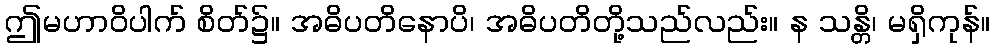
ဤမဟာဝိပါက် စိတ်၌။ အဓိပတိနောပိ၊ အဓိပတိတို့သည်လည်း။ န သန္တိ၊ မရှိကုန်။